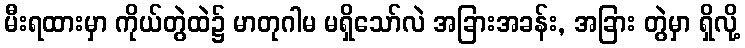
မီးရထားမှာ ကိုယ်တွဲထဲ၌ မာတုဂါမ မရှိသော်လဲ အခြားအခန်း, အခြား တွဲမှာ ရှိလို့